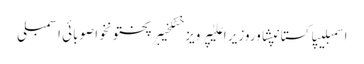
اسمبلیپاکستانپشاوروزیر اعلیٰپرویز خٹکخیبرپختونخواصوبائی اسمبلی